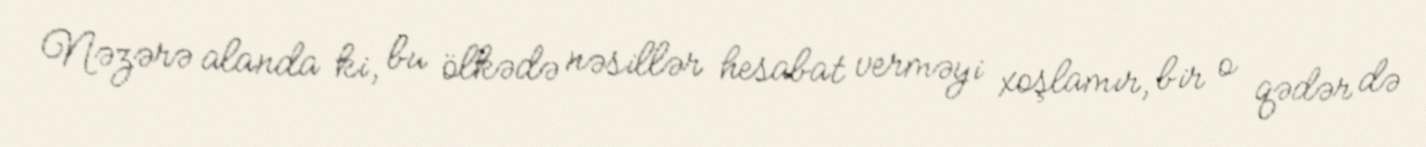
Nəzərə alanda ki, bu ölkədə nəsillər hesabat verməyi xoşlamır, bir o qədər də